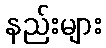
နည်းများ